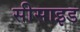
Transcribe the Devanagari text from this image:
सीसाइड